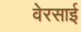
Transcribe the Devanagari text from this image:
वेरसाई